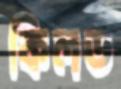
কিলড